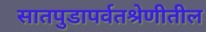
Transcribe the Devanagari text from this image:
सातपुडापर्वतश्रेणीतील